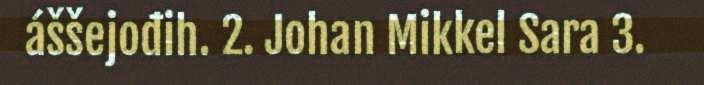
áššejođih. 2. Johan Mikkel Sara 3.